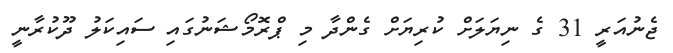
ޖެނުއަރީ 31 ގެ ނިިޔަލަށް ކުރިޔަށް ގެންދާ މި ޕްރޮމޯޯޝަނުގައި ސައިކަލު ދޫކުރާނީ